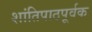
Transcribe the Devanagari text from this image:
शांतिपाठपूर्वक